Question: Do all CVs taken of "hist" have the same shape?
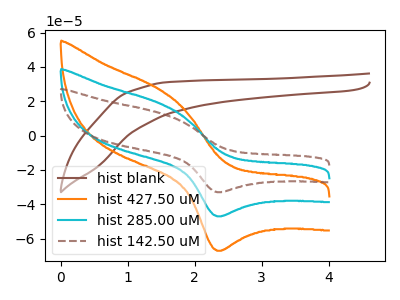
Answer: <think>The brown curve "hist blank" has no peaks. The orange curve "hist 427.50 uM" has an anodic peak at (1.50V, 37.45uA) and a cathodic peak at (2.35V, -94.10uA). The cyan curve "hist 285.00 uM" has an anodic peak at (1.50V, 18.75uA) and a cathodic peak at (2.35V, -47.05uA). The brown dashed curve "hist 142.50 uM" has an anodic peak at (1.50V, 13.15uA) and a cathodic peak at (2.35V, -33.00uA).
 "hist blank" and "hist 427.50 uM" have a different number of peaks. "hist blank" and "hist 285.00 uM" have a different number of peaks. "hist blank" and "hist 142.50 uM" have a different number of peaks. All the peaks in "hist 427.50 uM" have a peak in "hist 285.00 uM" at the same potential. Every peak in "hist 427.50 uM" is higher than every peak in "hist 285.00 uM". All the peaks in "hist 427.50 uM" have a peak in "hist 142.50 uM" at the same potential. Every peak in "hist 427.50 uM" is higher than every peak in "hist 142.50 uM". All the peaks in "hist 285.00 uM" have a peak in "hist 142.50 uM" at the same potential. Every peak in "hist 285.00 uM" is higher than every peak in "hist 142.50 uM".</think>
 <answer>All the CV's of "hist" have similar shape.</answer>
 <eval>follow_rule</eval>